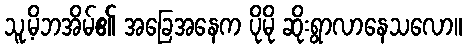
သူ့မိဘအိမ်၏ အခြေအနေက ပိုမို ဆိုးရွာလာနေသလော။